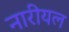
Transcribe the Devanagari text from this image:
नारीयल